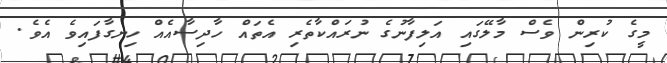
މީގެ ކުރިން ވެސް މާލޭގައި އަލިފާނުގެ ނުރައްކާތެރި އެތައް ހާދިސާއެއް ހިނގާފައިވެ އެވެ.